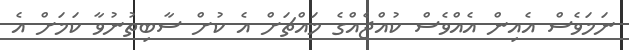
ނަމަވެސް އެއިން އެއްވެސް ކުއްޖެއްގެ މައްޗަށް އެ ކުށް ސާބިތުނުވާ ކަމަށް އެ